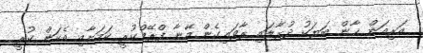
އަރިއަން ޚާން ބަޔަކު ދުރާލައި ރާވައިގެން އޭނާ ފްރޭމްކުރީ ކަމަށާއި އެކަން ކުރީ